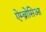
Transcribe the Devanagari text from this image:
ऐम्ब्रोसिआ